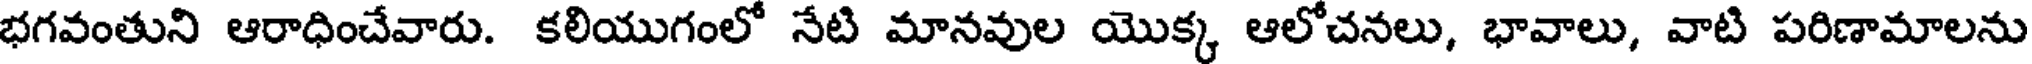
భగవంతుని ఆరాధించేవారు. కలియుగంలో నేటి మానవుల యొక్క ఆలోచనలు, భావాలు, వాటి పరిణామాలను